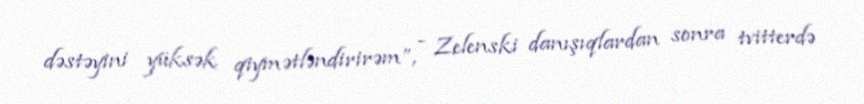
dəstəyini yüksək qiymətləndirirəm”, - Zelenski danışıqlardan sonra tvitterdə